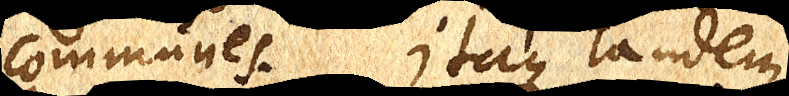
communes. Itaque tandem